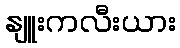
နျူးကလီးယား